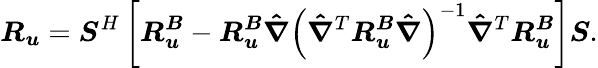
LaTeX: \boldsymbol{R_{u}}=\boldsymbol{S}^{H}\left[\boldsymbol{R_{u}^{B}}-\boldsymbol{R_{u}^{B}}\boldsymbol{\hat{\nabla}}\left(\boldsymbol{\hat{\nabla}}^{T}\boldsymbol{R_{u}^{B}}\boldsymbol{\hat{\nabla}}\right)^{-1}\boldsymbol{\hat{\nabla}}^{T}\boldsymbol{R_{u}^{B}}\right]\boldsymbol{S}.